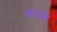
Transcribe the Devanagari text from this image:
अंतमें